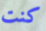
كنت